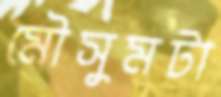
মৌসুমটা